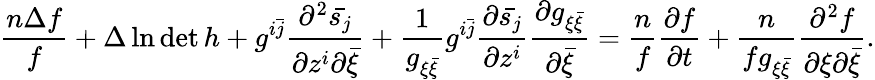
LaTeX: \frac{n\Delta f}{f}+\Delta\ln\operatorname*{det}h+g^{i\bar{j}}\frac{\partial^{2}\bar{s_{j}}}{\partial z^{i}\partial\bar{\xi}}+\frac{1}{g_{\xi\bar{\xi}}}g^{i\bar{j}}\frac{\partial\bar{s_{j}}}{\partial z^{i}}\frac{\partial g_{\xi\bar{\xi}}}{\partial\bar{\xi}}=\frac{n}{f}\frac{\partial f}{\partial t}+\frac{n}{fg_{\xi\bar{\xi}}}\frac{\partial^{2}f}{\partial\xi\partial\bar{\xi}}.